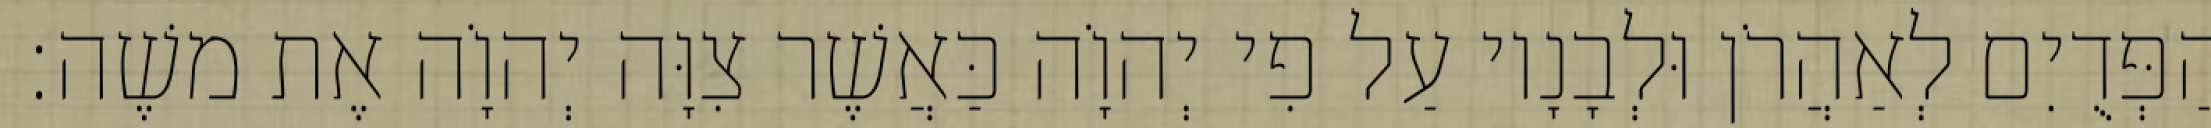
הַפְּדֻיִם לְאַהֲרֹן וּלְבָנָיו עַל פִי יְהוָֹה כַּאֲשֶׁר צִוָּה יְהוָֹה אֶת משֶׁה׃